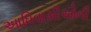
આધિવાસીઓની